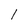
Character: l